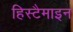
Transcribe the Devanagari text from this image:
हिस्टैमाइन